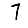
Digit: 7